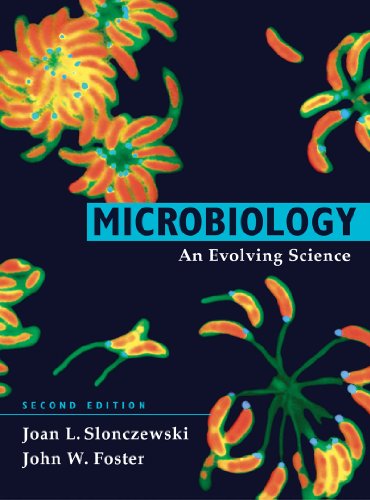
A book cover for Microbiology: An Evolving Science (Second Edition); Joan Slonczewski; Medical Books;